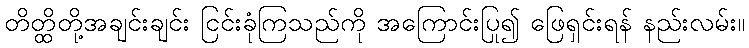
တိတ္ထိတို့အချင်းချင်း ငြင်းခုံကြသည်ကို အကြောင်းပြု၍ ဖြေရှင်းရန် နည်းလမ်း။